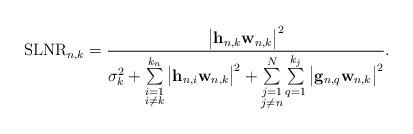
LaTeX: \begin{align*}\mathrm{SLNR}_{n,k}=\frac{\big|\mathbf{h}_{n,k}\mathbf{w}_{n,k}\big|^{2}}{\sigma_{k}^{2}+\sum\limits_{\substack{i=1\\i\neq{}k}}^{k_{n}}\big|\mathbf{h}_{n,i}\mathbf{w}_{n,k}\big|^{2}+\sum\limits_{\substack{j=1\\j\neq{}n}}^{N}\sum\limits_{q=1}^{k_{j}}\big|\mathbf{g}_{n,q}\mathbf{w}_{n,k}\big|^{2}}.\end{align*}